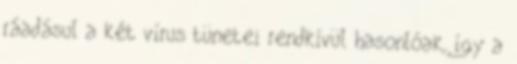
ráadásul a két vírus tünetei rendkívül hasonlóak, így a